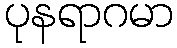
ပုနရာဂမာ